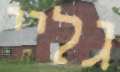
גליי